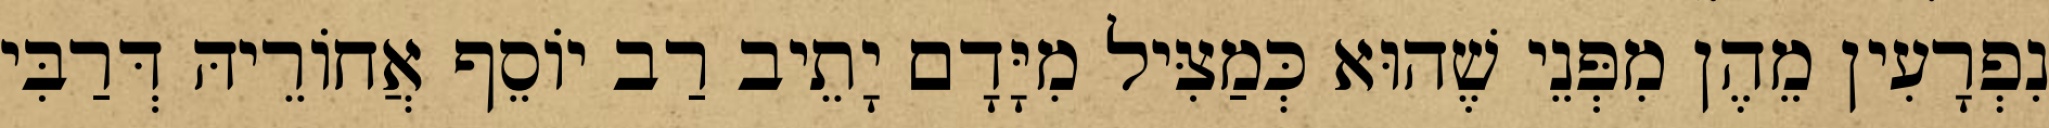
נִפְרָעִין מֵהֶן מִפְּנֵי שֶׁהוּא כְּמַצִּיל מִיָּדָם יָתֵיב רַב יוֹסֵף אֲחוֹרֵיהּ דְּרַבִּי